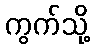
ကွက်သို့